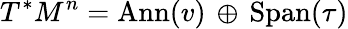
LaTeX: T^{*}M^{n}=\mathrm{Ann}(v)\, \oplus\, \mathrm{Span}(\tau)